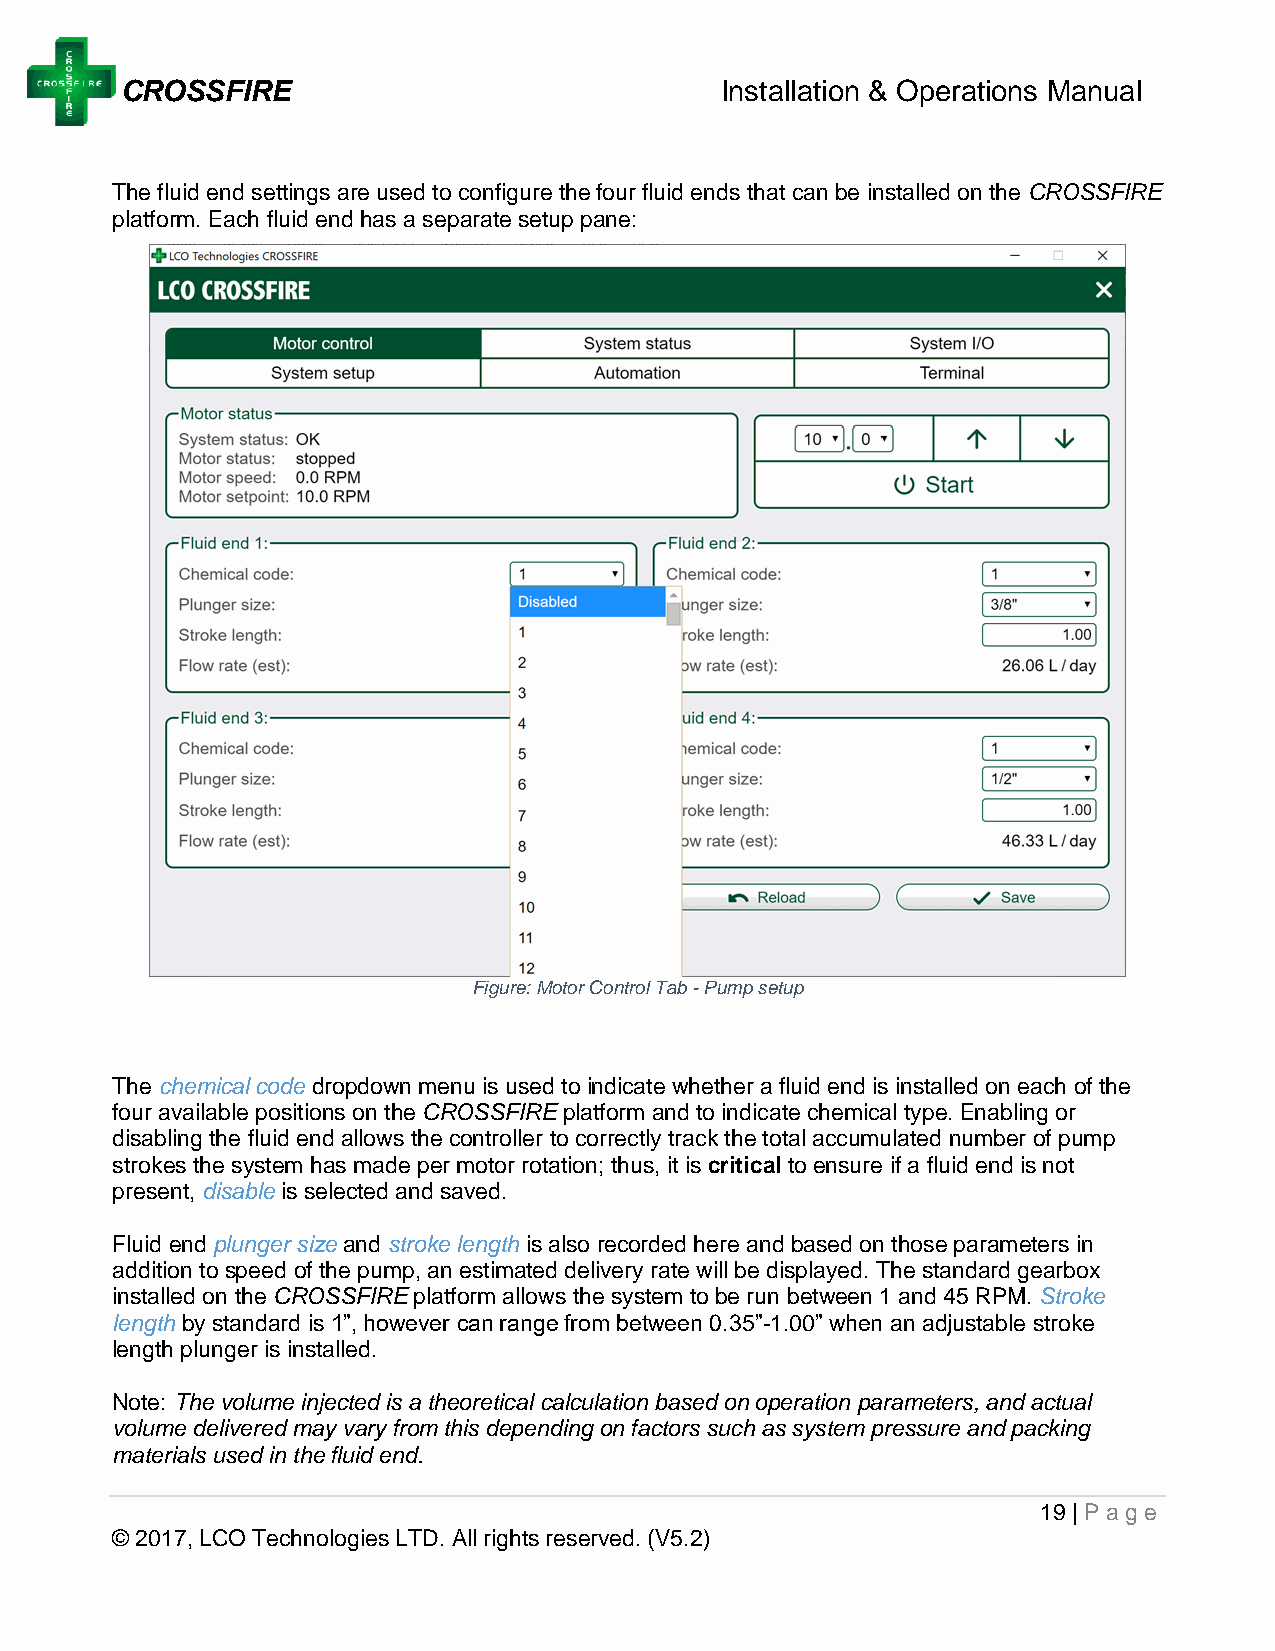
CROSSFIRE                               Installation & Operations Manual
 The fluid end settings are used to configure the four fluid ends that can be installed on the CROSSFIRE
 platform. Each fluid end has a separate setup pane:
 Figure: Motor Control Tab - Pump setup
 The chemical code dropdown menu is used to indicate whether a fluid end is installed on each of the
 four available positions on the CROSSFIRE platform and to indicate chemical type. Enabling or
 disabling the fluid end allows the controller to correctly track the total accumulated number of pump
 strokes the system has made per motor rotation; thus, it is critical to ensure if a fluid end is not
 present, disable is selected and saved.
 Fluid end plunger size and stroke length is also recorded here and based on those parameters in
 addition to speed of the pump, an estimated delivery rate will be displayed. The standard gearbox
 installed on the CROSSFIRE platform allows the system to be run between 1 and 45 RPM. Stroke
 length by standard is 1”, however can range from between 0.35”-1.00” when an adjustable stroke
 length plunger is installed.
 Note: The volume injected is a theoretical calculation based on operation parameters, and actual
 volume delivered may vary from this depending on factors such as system pressure and packing
 materials used in the fluid end.
 19 | Page
 © 2017, LCO Technologies LTD. All rights reserved. (V5.2)